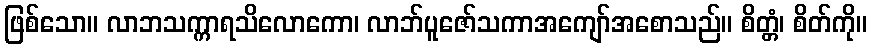
ဖြစ်သော။ လာဘသက္ကာရသိလောကော၊ လာဘ်ပူဇော်သကာအကျော်အစောသည်။ စိတ္တံ၊ စိတ်ကို။